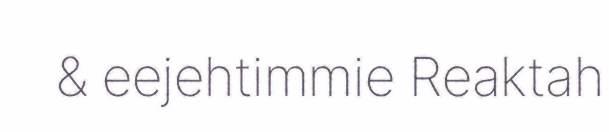
& eejehtimmie Reaktah